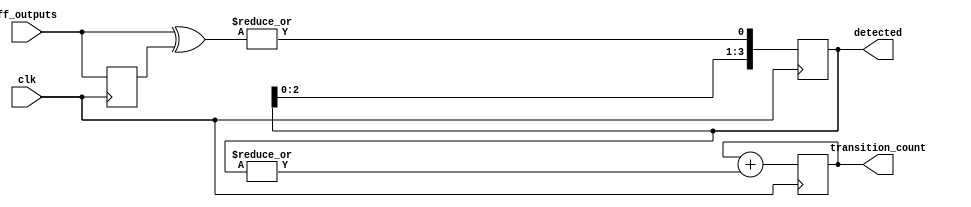
module flip_flop_detector #(
    parameter NUM_UNITS = 4, // Number of cascaded detection units
    parameter NUM_FF = 8      // Number of flip-flops to monitor
)(
    input wire clk,                      // Clock signal
    input wire [NUM_FF-1:0] ff_outputs,  // Flip-flop outputs
    output reg [NUM_UNITS-1:0] detected, // Detected transitions per unit
    output reg [$clog2(NUM_UNITS*NUM_FF):0] transition_count // Total transition count
);

    // Memory blocks to hold previous states
    reg [NUM_FF-1:0] prev_states [0:NUM_UNITS-1];

    // Process each detection unit
    integer i;
    always @(posedge clk) begin
        // Initialize detected signal for this clock cycle
        detected <= 0;

        // Iterate through each detection unit
        for (i = 0; i < NUM_UNITS; i = i + 1) begin
            if (i == 0) begin
                // For the first unit, compare current flip-flop outputs with previous states
                detected[i] <= |(ff_outputs ^ prev_states[i]); // Detect changes
            end else begin
                // For subsequent units, compare the output of the previous unit
                detected[i] <= detected[i-1]; // Propagate detection signal
            end

            // Store current states as previous states for the next clock cycle
            prev_states[i] <= ff_outputs;
        end

        // Count total transitions detected
        transition_count <= transition_count + |detected;
    end

endmodule